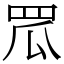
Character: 罛